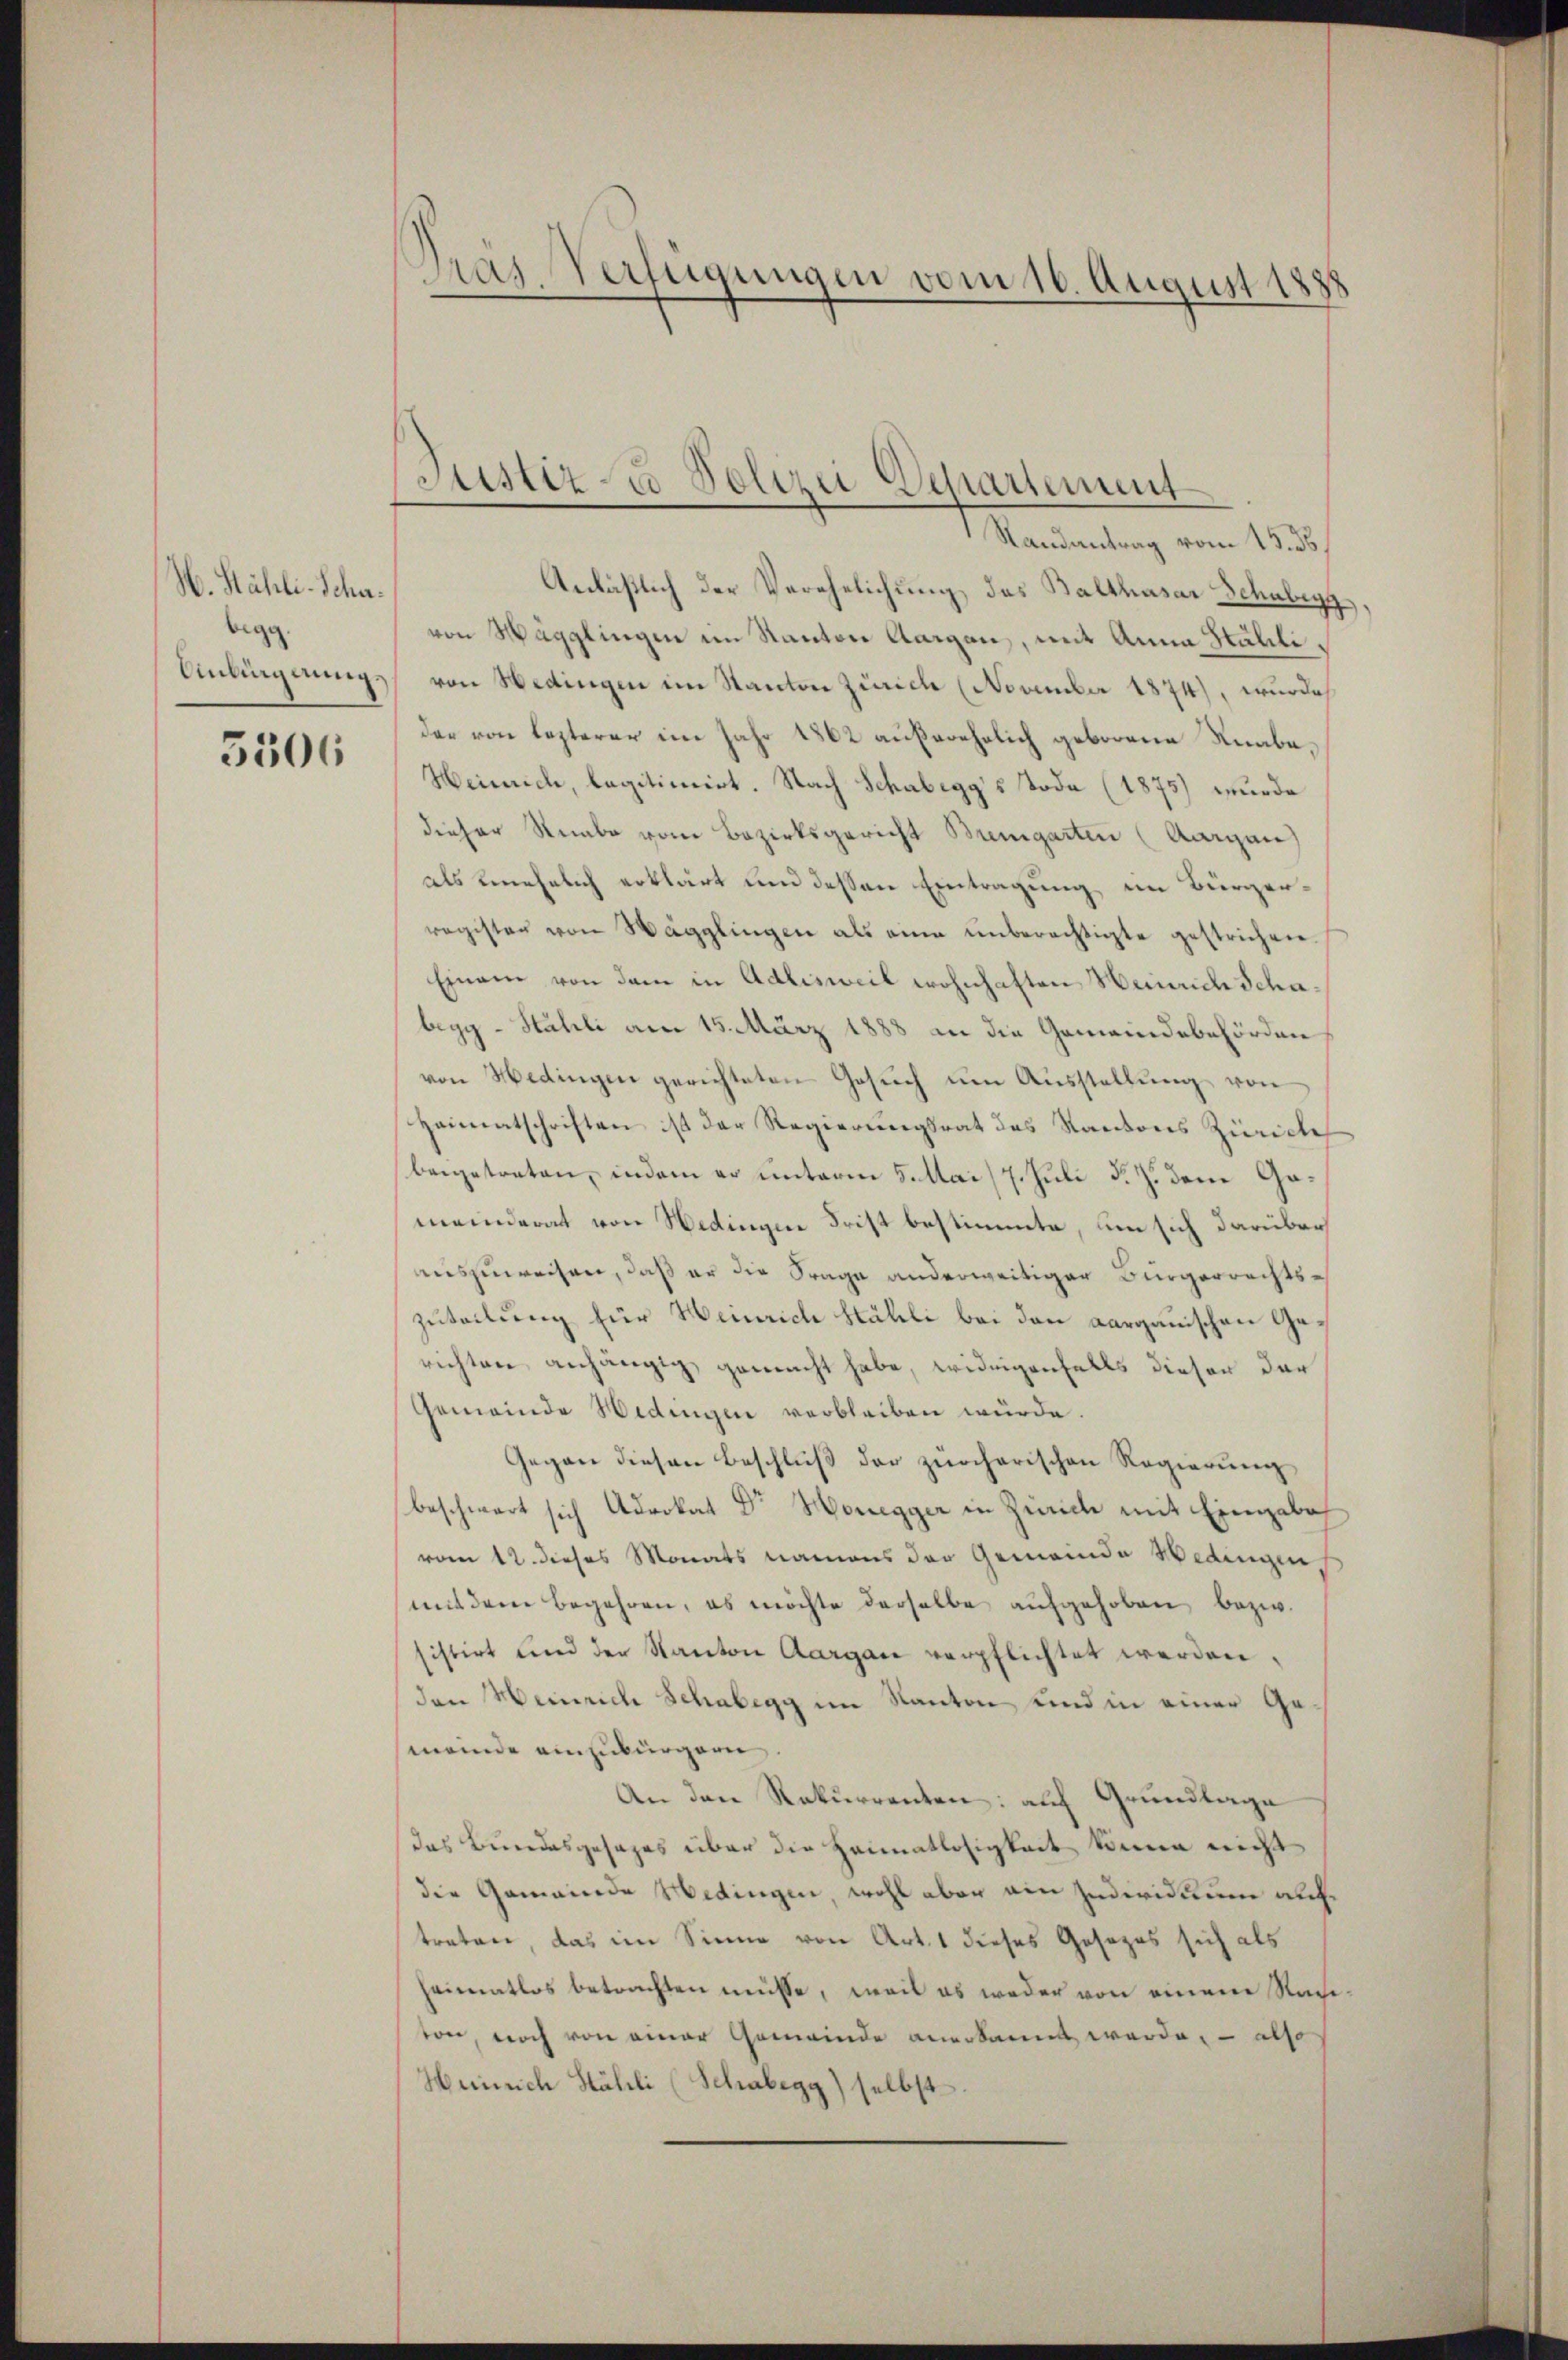
W. Kähli-Schaigg

5306

Macentrag vom 13.
Anläßlich der Verehelichung des Balthasar Schuberg,
von Wägglingen im Kanton Aargau, mit Anna Hähli¬
Anliegung von Hedingen im Kanton Zürich (November 1874), wurde
der von lezterer im Jahr 1862 außerehrlich geborene Reabe¬
Heinrich, legitimirt. Nach Schabegg's Tode (1875) wurde
dieser Rambe vom Bezirksgericht Bremgarten (Aargau
als unehelich erklärt und dessen Eintragung im Bürgerregister von Wägglingen als eine unberechtigte gestrichen.
Einem von dem in Adlisweil wohnhaften Heinrich Schabegg - Sahli am 15. März 1888 an die Gemeindebehörden
von Hedingen gerichteten Gesuch um Ausstellung von
Heimatschriften ist der Regierungsrat des Kantons Zürich
beigetreten, indem er unterm 5. Mai 7. Juli d. J. dem Gemeinderat von Nedingen Frist bestimmte, um sich darüber
auszuweisen, daß er die Frage anderweitiger Bürgerrechts-
zuteilung für Weinrich Hähli bei den aargauischen Gerichten anhängig gemacht habe, widrigenfalls diesen der
Gemeinde Hedingen verbleiben würde.
Gegen diesen Beschluß der zürcherischen Regierung
beschwert sich Advokat Dr Honegger in Zürich mit Eingabe
vom 12. dieses Monats namens der Gemeinde Bedingen,
mit dem begehren, es möchte derselbe aufgehoben bezw.
sistirt und der Kanton Aargau verpflichtet werden.
den Heinrich Schabegg im Kanton und in einer Gemeinde einzubürgern
An den Rekurrenten: auf Grundlage
das Berendesgesages über die Heimatlosigkeit könne nicht
die Gemeinde Medingen, wohl aber ain Individuum auftreten, das im Sinne von Art. 1 dieses Gesezes sich als
heimatlos betrachten müsse, weil es weder von einem Raditon, noch von einer Gemeinde anerkannt werde, – also
Heinrich Stähli (Schabegg) selbst

Pras Verfügungen vom 16. August 1888

Justiz- u Polizei Departement